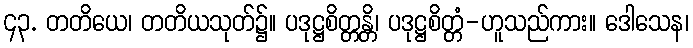
၄၃. တတိယေ၊ တတိယသုတ်၌။ ပဒုဋ္ဌစိတ္တန္တိ၊ ပဒုဋ္ဌစိတ္တံ-ဟူသည်ကား။ ဒေါသေန၊